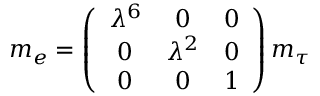
m _ { e } = \left( \begin{array} { c c c } { { \lambda ^ { 6 } } } & { { 0 } } & { { 0 } } \\ { { 0 } } & { { \lambda ^ { 2 } } } & { { 0 } } \\ { { 0 } } & { { 0 } } & { { 1 } } \end{array} \right) m _ { \tau }